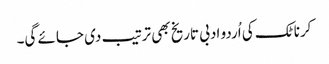
کرناٹک کی اُردو ادبی تاریخ بھی ترتیب دی جائے گی۔